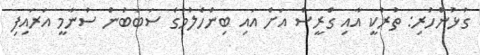
ގުޅުންހުރި: ތުރުކީ އާއި ގްރީސް އަށް އައި ބިންހެލުމުގެ ސަބަބުން ސުނާމީ އަރައިފި